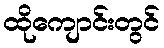
ထိုကျောင်းတွင်